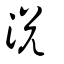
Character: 涚